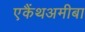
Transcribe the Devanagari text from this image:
एकैंथअमीबा